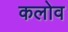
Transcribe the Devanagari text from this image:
कलोव